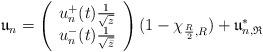
LaTeX: \begin{align*}\mathfrak{u}_n=\left(\begin{array}{c}u^+_n(t)\frac{1}{\sqrt{z}}\\u^-_n(t)\frac{1}{\sqrt{\bar{z}}}\end{array}\right)(1-\chi_{\frac{R}{2},R})+\mathfrak{u}_{n,\mathfrak{R}}^*\end{align*}